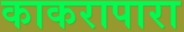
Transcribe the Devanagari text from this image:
काकरापारा